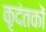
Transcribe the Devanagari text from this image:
कृदंतकों